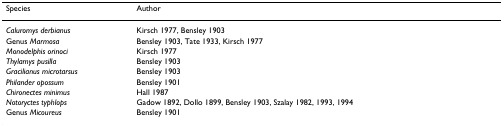
<table><thead><tr><td><b>Species</b></td><td><b>Author</b></td></tr></thead><tbody><tr><td><i>Caluromys derbianus</i></td><td>Kirsch 1977, Bensley 1903</td></tr><tr><td>Genus <i>Marmosa</i></td><td>Bensley 1903, Tate 1933, Kirsch 1977</td></tr><tr><td><i>Monodelphis orinoci</i></td><td>Kirsch 1977</td></tr><tr><td><i>Thylamys pusilla</i></td><td>Bensley 1903</td></tr><tr><td><i>Gracilianus microtarsus</i></td><td>Bensley 1903</td></tr><tr><td><i>Philander opossum</i></td><td>Bensley 1901</td></tr><tr><td><i>Chironectes minimus</i></td><td>Hall 1987</td></tr><tr><td><i>Notoryctes typhlops</i></td><td>Gadow 1892, Dollo 1899, Bensley 1903, Szalay 1982, 1993, 1994</td></tr><tr><td>Genus <i>Micoureus</i></td><td>Bensley 1901</td></tr></tbody></table>